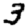
Digit: 3